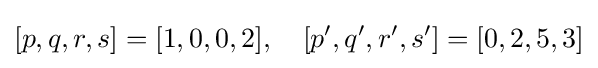
[p,q,r,s]=[1,0,0,2],\quad [p^{\prime },q^{\prime },r^{\prime },s^{\prime }]=[0,2,5,3]